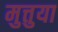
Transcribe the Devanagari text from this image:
मुत्तुया